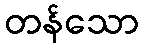
တန်သော